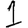
Digit: 1